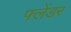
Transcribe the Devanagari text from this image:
फ्लेंडर